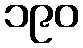
၁၉၀